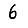
Digit: 6